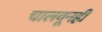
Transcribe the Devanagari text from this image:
चालवूनही